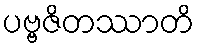
ပဗ္ဗဇိတဿာတိ